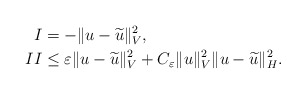
\begin{align*}I & = - \Vert u - \widetilde{u} \Vert_{V}^2 , \\II & \leq \varepsilon \Vert u - \widetilde{u} \Vert_{V}^2 + C_{\varepsilon} \Vert u\Vert_{V}^2 \Vert u - \widetilde{u} \Vert_{H}^2 .\end{align*}